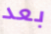
بعد